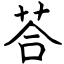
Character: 荅